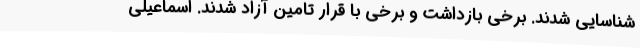
شناسایی شدند. برخی بازداشت و برخی با قرار تامین آزاد شدند. اسماعیلی